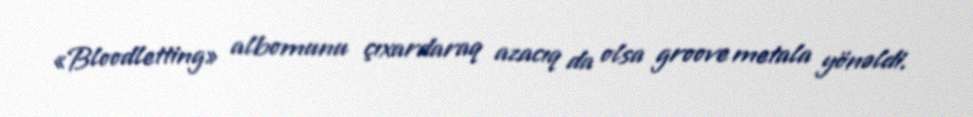
«Bloodletting» albomunu çıxardaraq azacıq da olsa groove metala yönəldi.